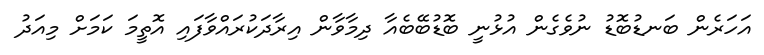
އަހަރެން ބަނޑުބޮޑު ނުވެގެން އުޅުނީ ބޮޑުބޭބެއާ ދިމާވާން އިރާދަކުރައްވާފައި އޮތީމަ ކަމަށް މިއަދު